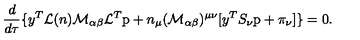
\frac { d } { d \tau } \{ y ^ { T } { \cal L } ( n ) { \cal M } _ { \alpha \beta } { \cal L } ^ { T } \mathrm { p } + n _ { \mu } ( { \cal M } _ { \alpha \beta } ) ^ { \mu \nu } [ y ^ { T } S _ { \nu } \mathrm { p } + \pi _ { \nu } ] \} = 0 .